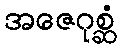
အဇေဂုစ္ဆံ